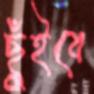
ছুঁইবে